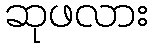
ဆုဖလား